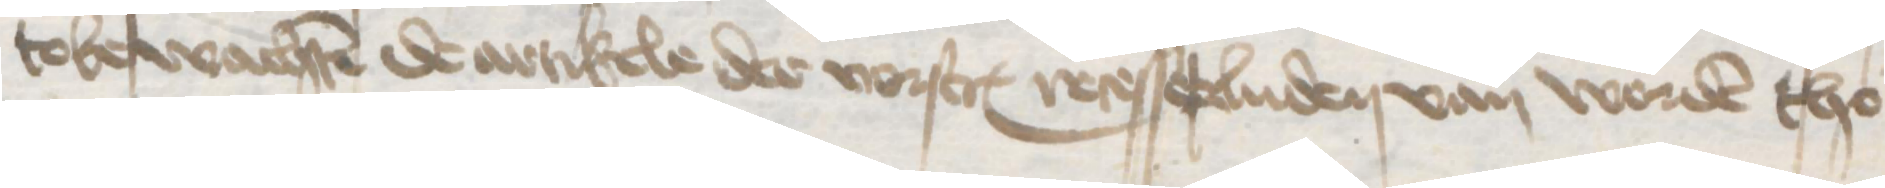
tobewachten de artikele der vorscreuen recesserluden van worden tho